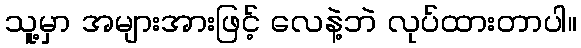
သူ့မှာ အများအားဖြင့် လေနဲ့ဘဲ လုပ်ထားတာပါ။